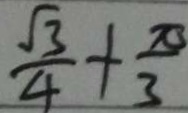
\frac { \sqrt { 3 } } { 4 } + \frac { \pi } { 3 }